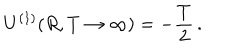
LaTeX: U ^ { ( 1 ) } ( R , T \to \infty ) = - \frac { T } { 2 } \, { . }